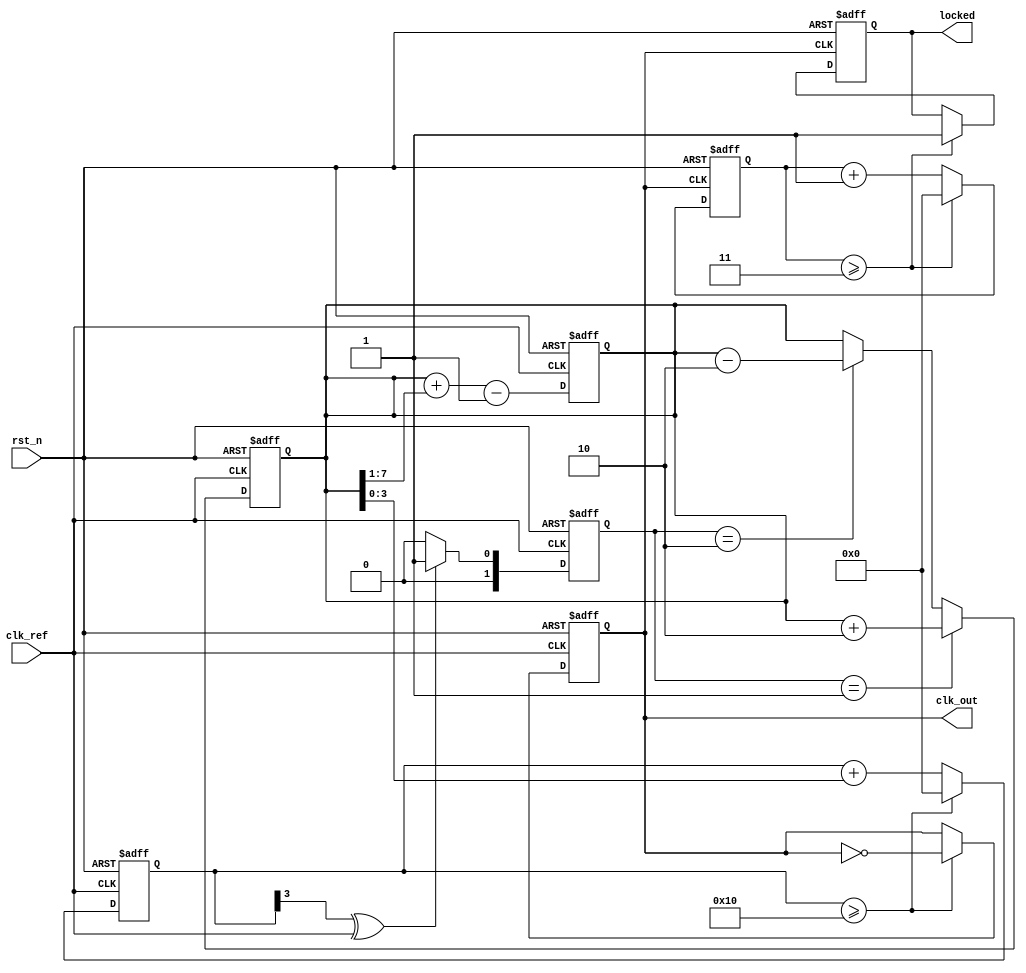
module dual_loop_pll (
    input wire clk_ref,         // Reference clock input
    input wire rst_n,          // Active low reset
    output reg clk_out,        // Output clock
    output reg locked          // Indicates PLL is locked
);

    // Parameters
    parameter N = 4;           // Division factor for frequency divider
    parameter INNER_LOOP_GAIN = 2;  // Gain for inner loop filter
    parameter OUTER_LOOP_GAIN = 1;  // Gain for outer loop filter

    // Internal signals
    reg [1:0] phase_err;       // Phase error from phase detector
    reg [7:0] control_voltage;  // Control voltage from loop filter
    reg [N-1:0] vco_counter;    // VCO counter
    reg [N-1:0] divider_counter; // Divider counter

    // Phase Detector (PD)
    always @(posedge clk_ref or negedge rst_n) begin
        if (!rst_n) begin
            phase_err <= 2'b00;
        end else begin
            // Simple phase detector logic
            // Assuming phase_err is set based on the phase difference
            // This is a placeholder for a more complex phase detector
            phase_err <= (vco_counter[N-1] ^ clk_ref) ? 2'b01 : 2'b00; // Example logic
        end
    end

    // Charge Pump (CP)
    always @(posedge clk_ref or negedge rst_n) begin
        if (!rst_n) begin
            control_voltage <= 8'b0;
        end else begin
            // Charge pump logic
            if (phase_err == 2'b01) begin
                control_voltage <= control_voltage + INNER_LOOP_GAIN; // Sourcing
            end else if (phase_err == 2'b10) begin
                control_voltage <= control_voltage - INNER_LOOP_GAIN; // Sinking
            end
        end
    end

    // Loop Filter (LF)
    always @(posedge clk_ref or negedge rst_n) begin
        if (!rst_n) begin
            control_voltage <= 8'b0;
        end else begin
            // Simple low-pass filter
            control_voltage <= control_voltage + (control_voltage >> 1) - OUTER_LOOP_GAIN;
        end
    end

    // Voltage-Controlled Oscillator (VCO)
    always @(posedge clk_ref or negedge rst_n) begin
        if (!rst_n) begin
            vco_counter <= 0;
            clk_out <= 0;
        end else begin
            // VCO logic
            vco_counter <= vco_counter + control_voltage[3:0]; // Example control
            if (vco_counter >= (1 << N)) begin
                vco_counter <= 0;
                clk_out <= ~clk_out; // Toggle output clock
            end
        end
    end

    // Frequency Divider
    always @(posedge clk_out or negedge rst_n) begin
        if (!rst_n) begin
            divider_counter <= 0;
            locked <= 0;
        end else begin
            // Simple frequency divider
            if (divider_counter >= (N - 1)) begin
                divider_counter <= 0;
                locked <= 1; // Indicate locked state
            end else begin
                divider_counter <= divider_counter + 1;
            end
        end
    end

endmodule